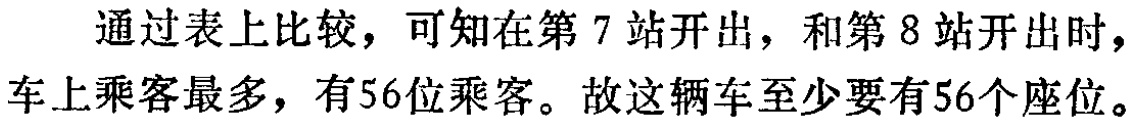
通过表上比较，可知在第 7 站开出，和第 8 站开出时，车上乘客最多，有56位乘客。故这辆车至少要有56个座位。